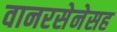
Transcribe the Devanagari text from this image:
वानरसेनेसह